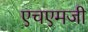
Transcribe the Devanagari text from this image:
एचएमजी